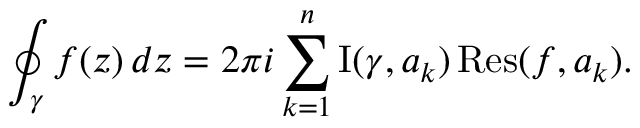
\oint _ { \gamma } f ( z ) \, d z = 2 \pi i \sum _ { k = 1 } ^ { n } \operatorname { I } ( \gamma , a _ { k } ) \operatorname { R e s } ( f , a _ { k } ) .